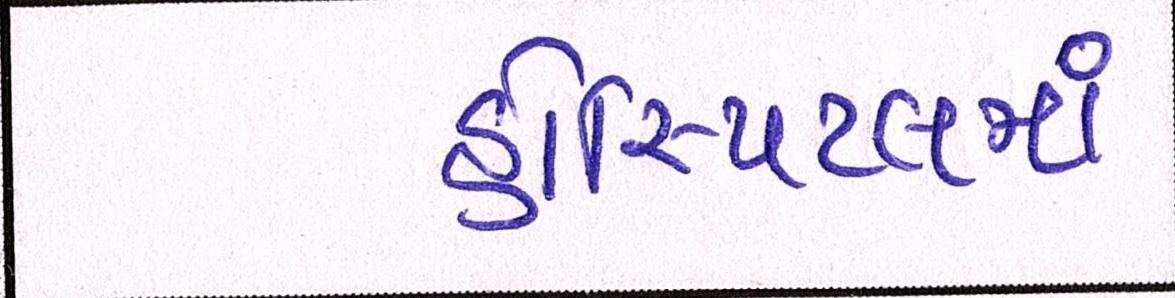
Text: હોસ્પિટલમાં